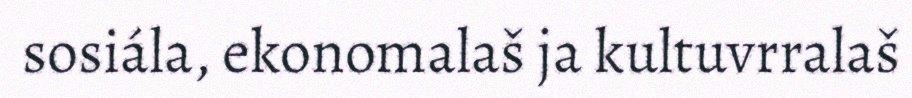
sosiála, ekonomalaš ja kultuvrralaš